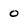
Character: 0